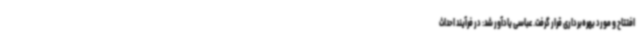
افتتاح و مورد بهره‌برداری قرار گرفت. عباسی یادآور شد: در فرآیند احداث